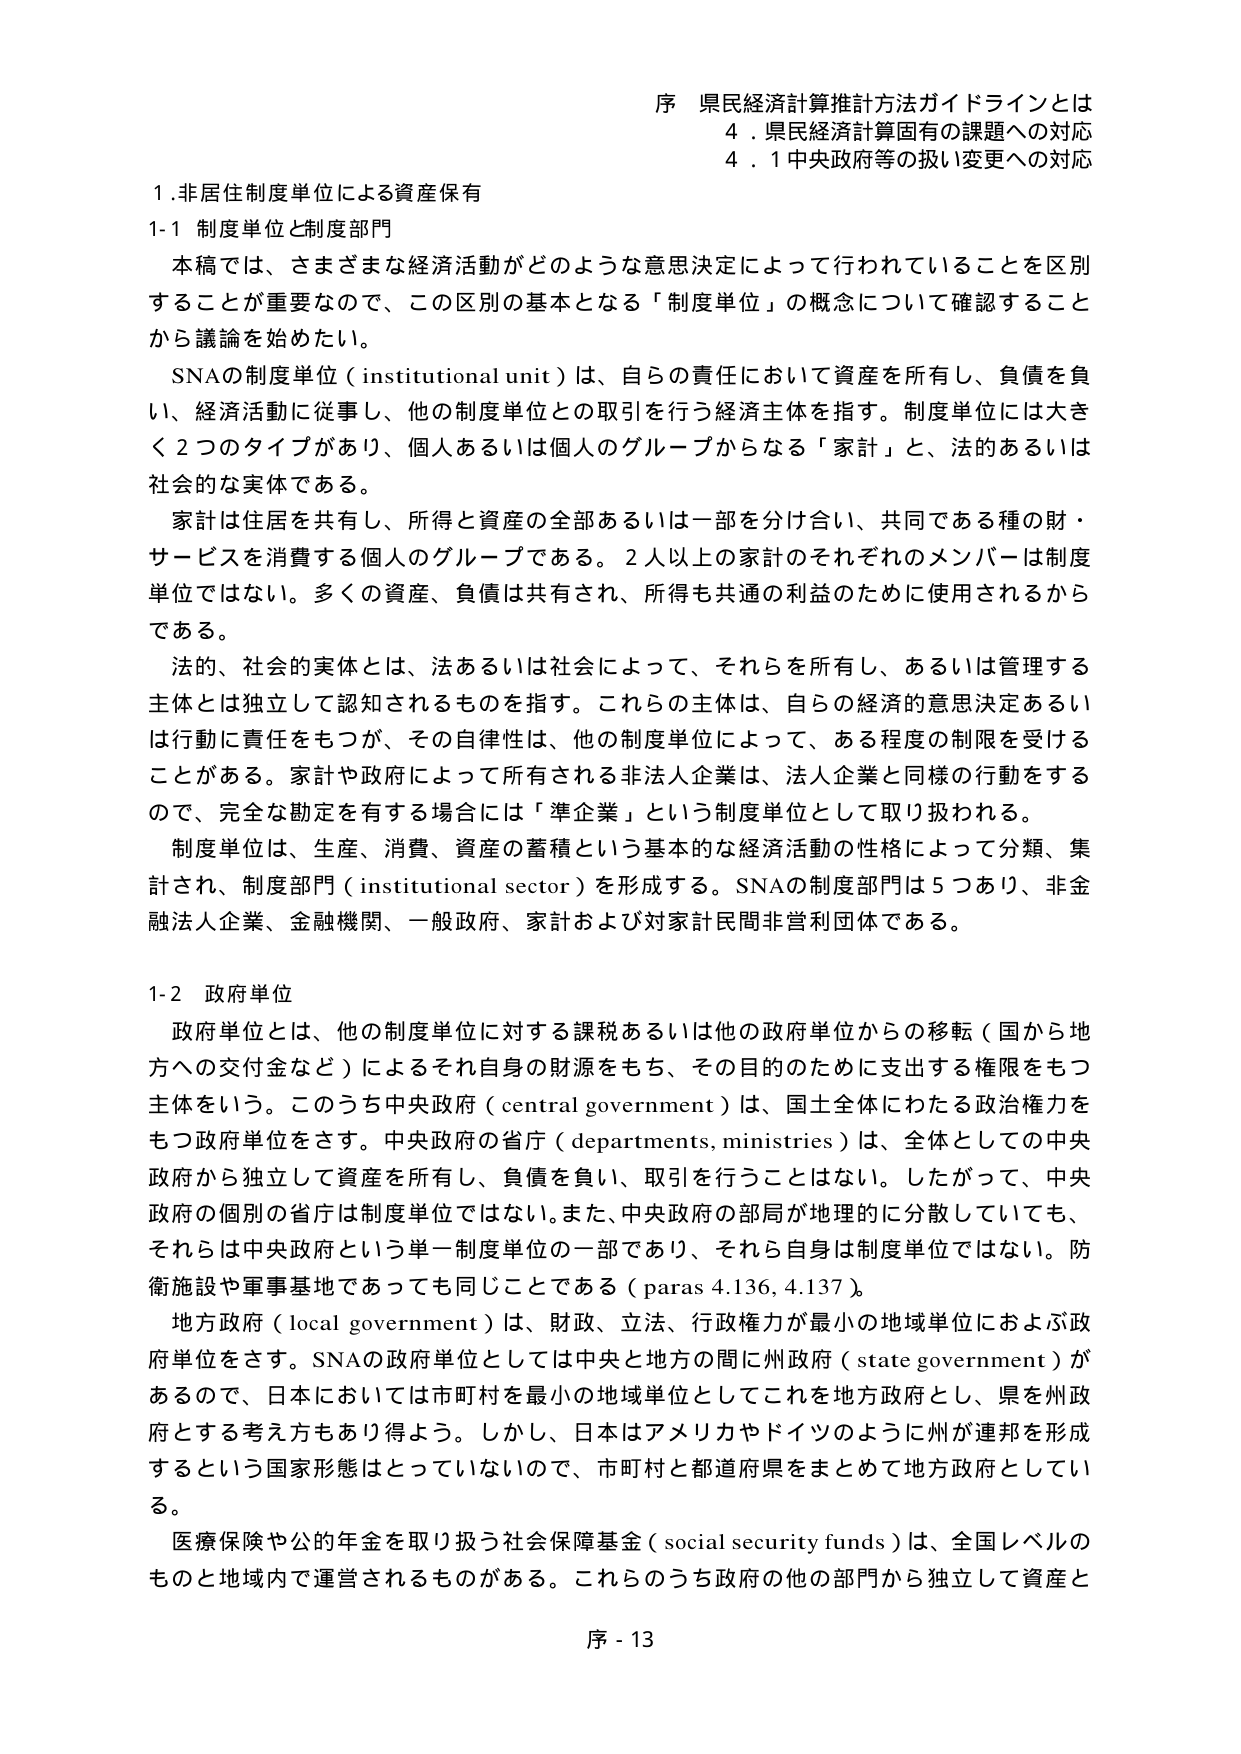
序 県民経済計算推計方法ガイドラインとは
4．県民経済計算固有の課題への対応
4．1 中央政府等の扱い変更への対応

1．非居住制度単位による資産保有
1-1 制度単位と制度部門

本稿では、さまざまな経済活動がどのような意思決定によって行われていることを区別することが重要なので、この区別の基本となる「制度単位」の概念について確認することから議論を始めたい。

SNAの制度単位（institutional unit）は、自らの責任において資産を所有し、負債を負い、経済活動に従事し、他の制度単位との取引を行う経済主体を指す。制度単位には大きく2つのタイプがあり、個人あるいは個人のグループからなる「家計」と、法的あるいは社会的な実体である。

家計は住居を共有し、所得と資産の全部あるいは一部を分け合い、共同である種の財・サービスを消費する個人のグループである。2人以上の家計のそれぞれのメンバーは制度単位ではない。多くの資産、負債は共有され、所得も共通の利益のために使用されるからである。

法的、社会的実体とは、法あるいは社会によって、それらを所有し、あるいは管理する主体とは独立して認知されるものを指す。これらの主体は、自らの経済的意思決定あるいは行動に責任をもつが、その自律性は、他の制度単位によって、ある程度の制限を受けることがある。家計や政府によって所有される非法人企業は、法人企業と同様の行動をするので、完全な勘定を有する場合には「準企業」という制度単位として取り扱われる。

制度単位は、生産、消費、資産の蓄積という基本的な経済活動の性格によって分類、集計され、制度部門（institutional sector）を形成する。SNAの制度部門は5つあり、非金融法人企業、金融機関、一般政府、家計および対家計民間非営利団体である。

1-2 政府単位

政府単位とは、他の制度単位に対する課税あるいは他の政府単位からの移転（国から地方への交付金など）によるそれ自身の財源をもち、その目的のために支出する権限をもつ主体をいう。このうち中央政府（central government）は、国土全体にわたる政治権力をもつ政府単位をさす。中央政府の省庁（departments, ministries）は、全体としての中央政府から独立して資産を所有し、負債を負い、取引を行うことはない。したがって、中央政府の個別の省庁は制度単位ではない。また、中央政府の部局が地理的に分散していても、それらは中央政府という単一制度単位の一部であり、それら自身は制度単位ではない。防衛施設や軍事基地であっても同じことである（paras 4.136, 4.137）。

地方政府（local government）は、財政、立法、行政権力が最小の地域単位におよぶ政府単位をさす。SNAの政府単位としては中央と地方の間に州政府（state government）があるので、日本においては市町村を最小の地域単位としてこれを地方政府とし、県を州政府とする考え方もあり得よう。しかし、日本はアメリカやドイツのように州が連邦を形成するという国家形態はとっていないので、市町村と都道府県をまとめて地方政府としている。

医療保険や公的年金を取り扱う社会保障基金（social security funds）は、全国レベルのものと地域内で運営されるものがある。これらのうち政府の他の部門から独立して資産と

序 - 13